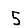
Digit: 5